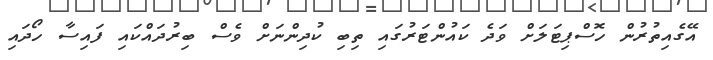
އޭގެއިތުރުން ހޮސްޕިޓަލަށް ވަދެ ކައުންޓަރުގައި ތިބި ކުދިންނަށް ވެސް ބިރުދައްކައި ފައިސާ ހޯދައި